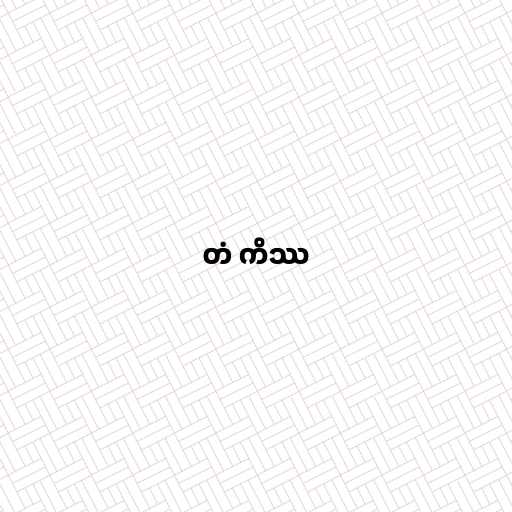
တံ ကိဿ